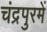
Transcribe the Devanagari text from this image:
चंद्रपुरमें